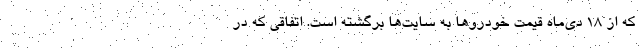
که از ۱۸ دی‌ماه قیمت خودروها به سایت‌ها برگشته است. اتفاقی که در